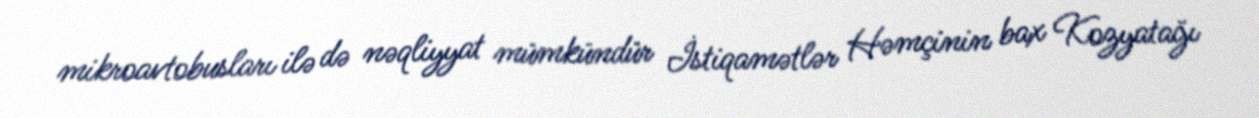
mikroavtobusları ilə də nəqliyyat mümkündür İstiqamətlər Həmçinin bax Kozyatağı